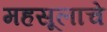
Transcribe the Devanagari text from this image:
महसूलाचे